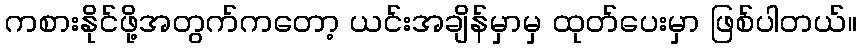
ကစားနိုင်ဖို့အတွက်ကတော့ ယင်းအချိန်မှာမှ ထုတ်ပေးမှာ ဖြစ်ပါတယ်။